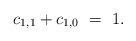
LaTeX: \begin{align*}c_{1,1}+c_{1,0} ~=~ 1.\end{align*}